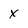
Character: x